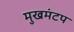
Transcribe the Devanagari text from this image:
मुखमंटप